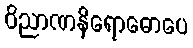
ဝိညာဏနိရောဓောပေ